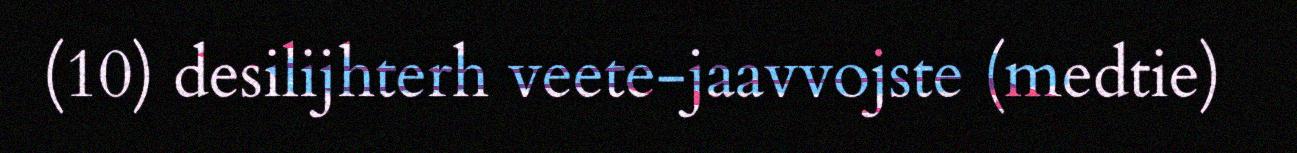
(10) desilijhterh veete-jaavvojste (medtie)